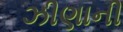
ઝીણાની